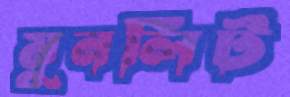
মুনলিট